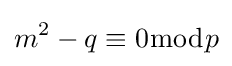
m^{2}-q\equiv 0{\bmod {p}}